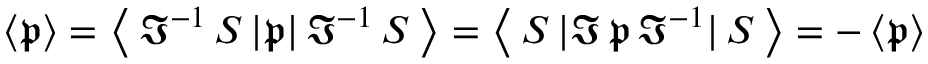
\left\langle { \mathfrak { p } } \right\rangle = \left\langle \, { \mathfrak { I } } ^ { - 1 } \, S \, | { \mathfrak { p } } | \, { \mathfrak { I } } ^ { - 1 } \, S \, \right\rangle = \left\langle \, S \, | { \mathfrak { I } } \, { \mathfrak { p } } \, { \mathfrak { I } } ^ { - 1 } | \, S \, \right\rangle = - \left\langle { \mathfrak { p } } \right\rangle